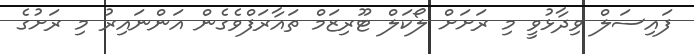
ފައިސަލް ވިދާޅުވީ މި ރަށަށް ލޯކަލް ޓޫރިޒަމް ތައާރަފްވެގެން އަންނައިރު މި ރަށުގެ